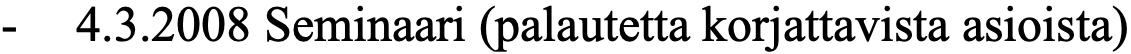
-  4.3.2008 Seminaari (palautetta korjattavista asioista)